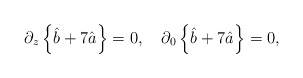
\begin{align*}\partial_z\left\{\hat{b}+7\hat{a}\right\} =0 , \quad \partial_0\left\{\hat{b}+7\hat{a}\right\} =0 ,\end{align*}